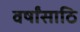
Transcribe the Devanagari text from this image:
वर्षांसाठि